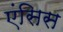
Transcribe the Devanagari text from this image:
एंसिस